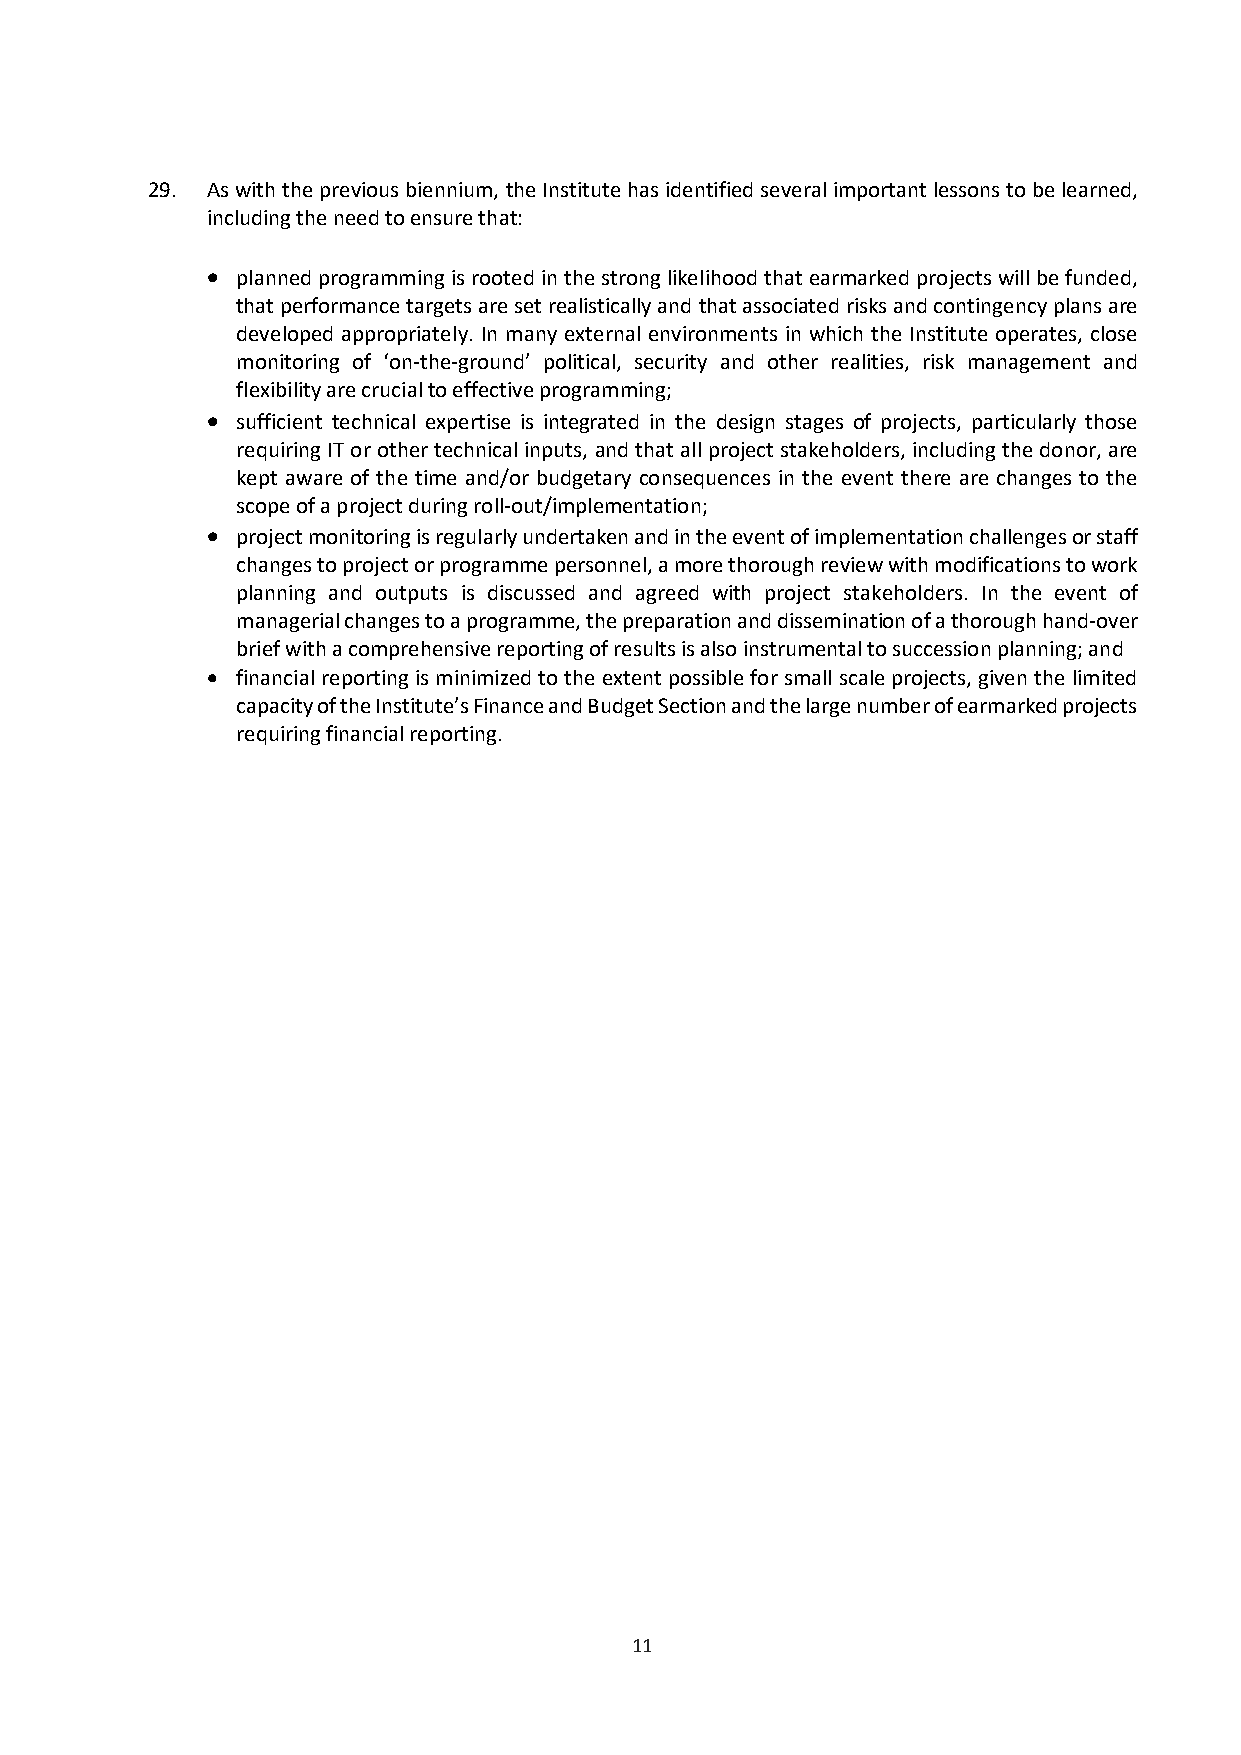
29. As with the previous biennium, the Institute has identified several important lessons to be learned,
 including the need to ensure that:
  planned programming is rooted in the strong likelihood that earmarked projects will be funded,
 that performance targets are set realistically and that associated risks and contingency plans are
 developed appropriately. In many external environments in which the Institute operates, close
 monitoring of ‘on-the-ground’ political, security and other realities, risk management and
 flexibility are crucial to effective programming;
  sufficient technical expertise is integrated in the design stages of projects, particularly those
 requiring IT or other technical inputs, and that all project stakeholders, including the donor, are
 kept aware of the time and/or budgetary consequences in the event there are changes to the
 scope of a project during roll-out/implementation;
  project monitoring is regularly undertaken and in the event of implementation challenges or staff
 changes to project or programme personnel, a more thorough review with modifications to work
 planning and outputs is discussed and agreed with project stakeholders. In the event of
 managerial changes to a programme, the preparation and dissemination of a thorough hand-over
 brief with a comprehensive reporting of results is also instrumental to succession planning; and
  financial reporting is minimized to the extent possible for small scale projects, given the limited
 capacity of the Institute’s Finance and Budget Section and the large number of earmarked projects
 requiring financial reporting.
 11